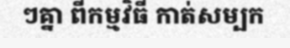
ៗគ្នា ពីកម្មវិធី កាត់សម្បក